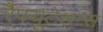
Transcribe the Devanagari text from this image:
रेैफ्यूटेशन्स